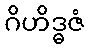
ဂိဟိဒ္ဓဇံ